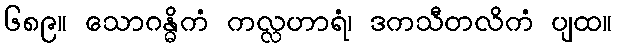
၆၈၉။ သောဂန္ဓိကံ ကလ္လဟာရံ၊ ဒကသီတလိကံ ပျထ။